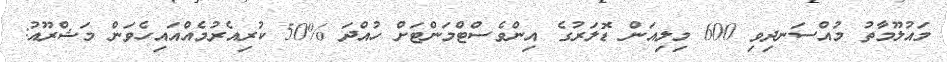
މައުލޫމާތު މުއްސަނދިވި 600 މިލިއަން ޑޮލަރުގެ އިންވެސްޓްމަންޓަށް ހުއްދަ %50 ކުރިއެރުމެއްއައިހެވަން މަޝްރޫއު: